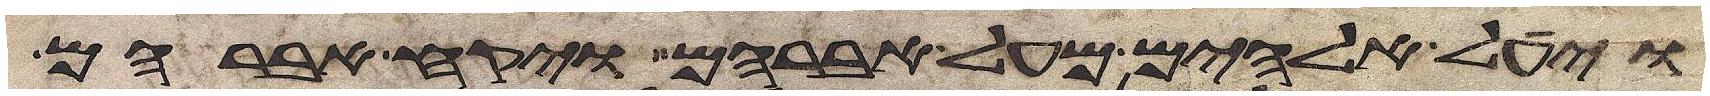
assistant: ויעל אלהים מעל אברהם ויקח אברהם